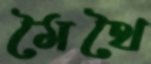
মৈথৈ